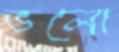
ভলো